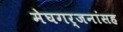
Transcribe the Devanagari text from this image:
मेघगर्जनांसह